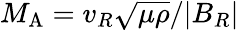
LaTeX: M_{\mathrm{A}}=v_{R}\sqrt{\mu\rho}/|B_{R}|